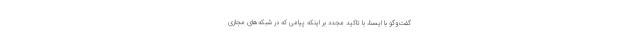
گفت‌وگو با ایسنا، با تاکید مجدد بر اینکه پیامی که در شبکه‌های مجازی